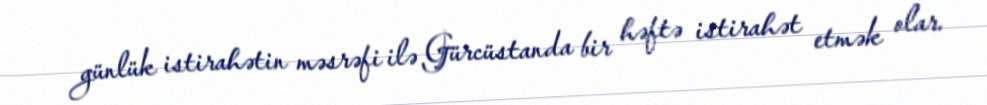
günlük istirahətin məsrəfi ilə Gürcüstanda bir həftə istirahət etmək olar.